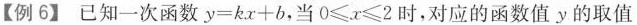
【例6】 已知一次函数$$y=kx+b$$，当$$0\geq x\geq 2$$时，对应的函数值y的取值